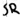
Text: SR